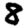
Digit: 8